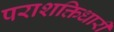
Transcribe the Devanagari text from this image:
पराशक्तिधारी